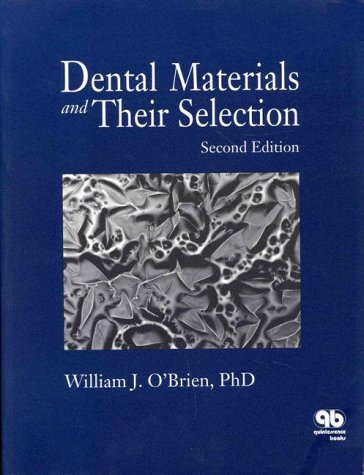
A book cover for Dental Materials and Their Selection; Medical Books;